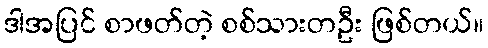
ဒါအပြင် စာဖတ်တဲ့ စစ်သားတဦး ဖြစ်တယ်။